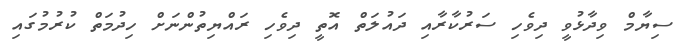
ސިޔާމް ވިދާޅުވީ ދިވެހި ސަރުކާރާއި ދައުލަތް އޮތީ ދިވެހި ރައްޔިތުންނަށް ހިދުމަތް ކުރުމުގައި